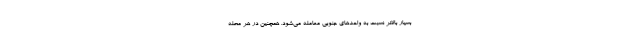
بسیار بالاتر نسبت به واحدهای جنوبی معامله می‌شود. همچنین در هر محله